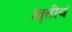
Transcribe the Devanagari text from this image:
।तृतीयं